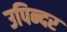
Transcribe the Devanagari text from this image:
उपिन्दर